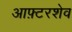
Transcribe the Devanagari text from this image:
आफ़्टरशेव